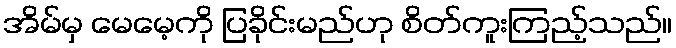
အိမ်မှ မေမေ့ကို ပြခိုင်းမည်ဟု စိတ်ကူးကြည့်သည်။